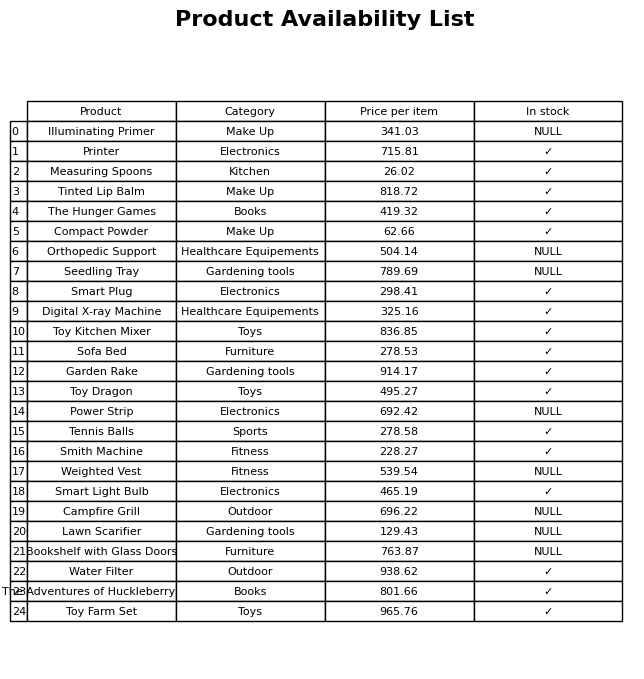
question: What is the price for Garden Rake?
answer: The price of Garden Rake is 914.17.